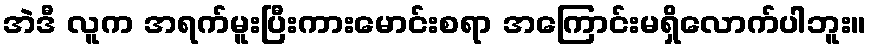
အဲဒီ လူက အရက်မူးပြီးကားမောင်းစရာ အကြောင်းမရှိလောက်ပါဘူး။